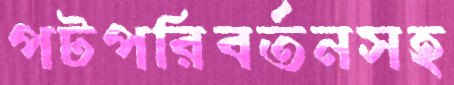
পটপরিবর্তনসহ